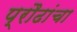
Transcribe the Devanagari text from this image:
प्रौढांचा